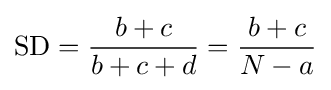
\operatorname {SD} ={\frac {b+c}{b+c+d}}={\frac {b+c}{N-a}}